system: You are a helpful assistant.
user:
Analyze the provided spectrum to determine if it is a **M-type Giant (gM)**.

A M-type Giant spectrum is defined by its **strong molecular absorption** features, particularly from **Titanium Oxide (TiO)**. You must check for one of the following mutually exclusive signatures:

- **Key Visual Indicators (Absorption-Dominated Spectrum):**

    - **(Primary):** The spectrum is dominated by strong molecular absorption from **Titanium Oxide (TiO)**. This is the **defining feature** of its M-type temperature class.
        - **(Key Bandheads):** Look for sharp, "saw-tooth" absorption valleys. The strongest are located near **~7050 Å**, **~6160 Å**, and **~5170 Å**.
        - **(Line Profile):** The "saw-tooth" morphology is critical: a **sharp, steep drop on the BLUE (short-wavelength) side** of the bandhead, followed by a gradual recovery (rising flux) towards the RED (long-wavelength) side.

    - **(Key Confirmation - Giant vs. Dwarf):** **ABSENCE** of strong **Calcium Hydride (CaH)** molecular bands. This is the primary diagnostic for *excluding* M-dwarfs.
        - **(Key Region):** The spectrum should lack the strong, broad absorption band seen in dwarfs between **~6800 Å and ~7000 Å**.

    - **(Secondary Confirmation - Giant):** A very strong and broad **Neutral Calcium (Ca I)** atomic absorption line.
        - **(Key Line):** Located at **~4226 Å**. In a giant (gM), this line is significantly deeper and broader than the same line in an M-dwarf (dM) due to low surface gravity.

    - **(Overall Spectrum):**
        - The continuum is **extremely red-sloping** (i.e., flux is very low in the blue and rises dramatically towards the red).
        - The entire spectrum appears "chopped up" by the deep TiO bands.

Think first, call **spectral_visualization_tool** if needed to examine features in detail, then provide your final answer. Your response must adhere to the following strict rules:
1.  **Overall Structure:** Your response must follow the format `<think>...</think> <tool_call>...</tool_call> (if a tool is used) <answer>...</answer>`.
2.  **Tool Usage Constraint:** You may only make **one** tool call per turn.
3.  **Final Answer Format:** In the `<answer>` tag, your conclusion must be inside a `\boxed{}` command (e.g., `\boxed{YES}` or `\boxed{NO}`), followed by your justification.

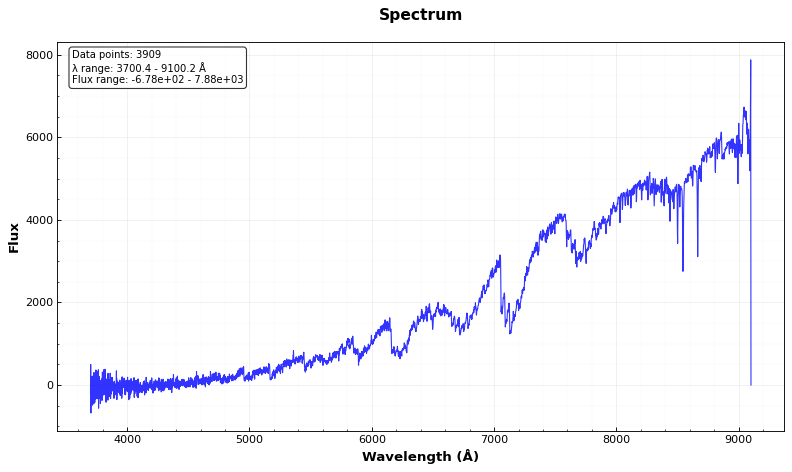
Answer: YES